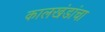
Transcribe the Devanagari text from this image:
कालखंडांचा